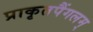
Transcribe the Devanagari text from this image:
प्राकृतपैंगलम्‌